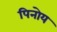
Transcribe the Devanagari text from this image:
पिनोय